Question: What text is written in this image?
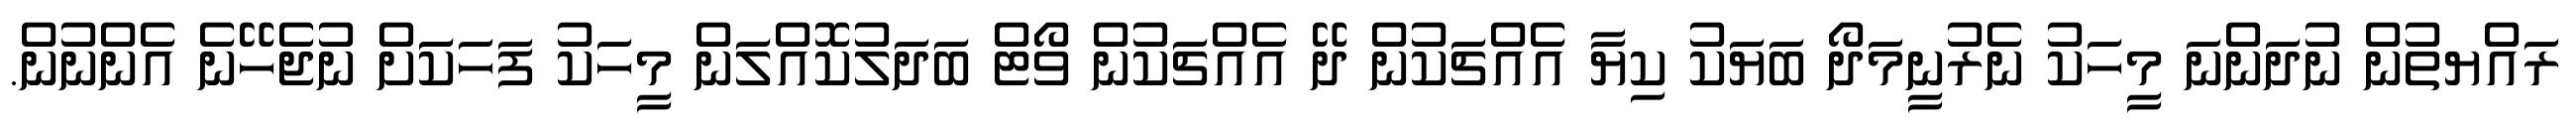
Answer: ރައްޔތުން ނުދަންނަ މީހަކު ނެރުނީމަދޯ ބަޔަކު ކިޔާ އެއްޗަކުން ދޭ އެއްޗަކުން ވޯޓް ބަދަލުކޮއްލަން މީހަކު ފަހަކަަށް ނުޖެހޭނެ އެންނުން.